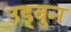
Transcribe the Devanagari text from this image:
उड्वुन